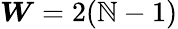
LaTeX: \boldsymbol{W}=2(\mathbb{N}-1)